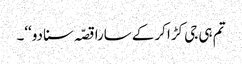
تم ہی جی کڑا کرکے سارا قصّہ سنا دو‘‘۔